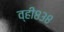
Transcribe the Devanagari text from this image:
व्ही८३८